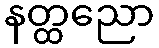
နတ္ထညော